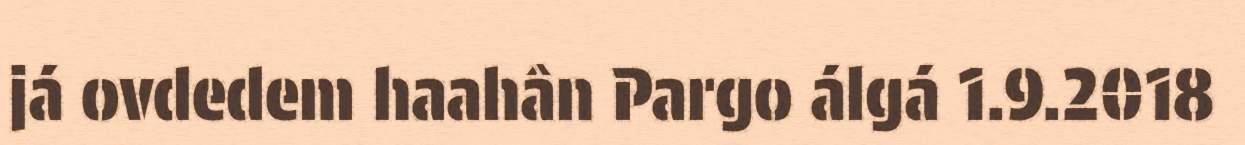
já ovdedem haahân Pargo álgá 1.9.2018